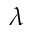
\lambda